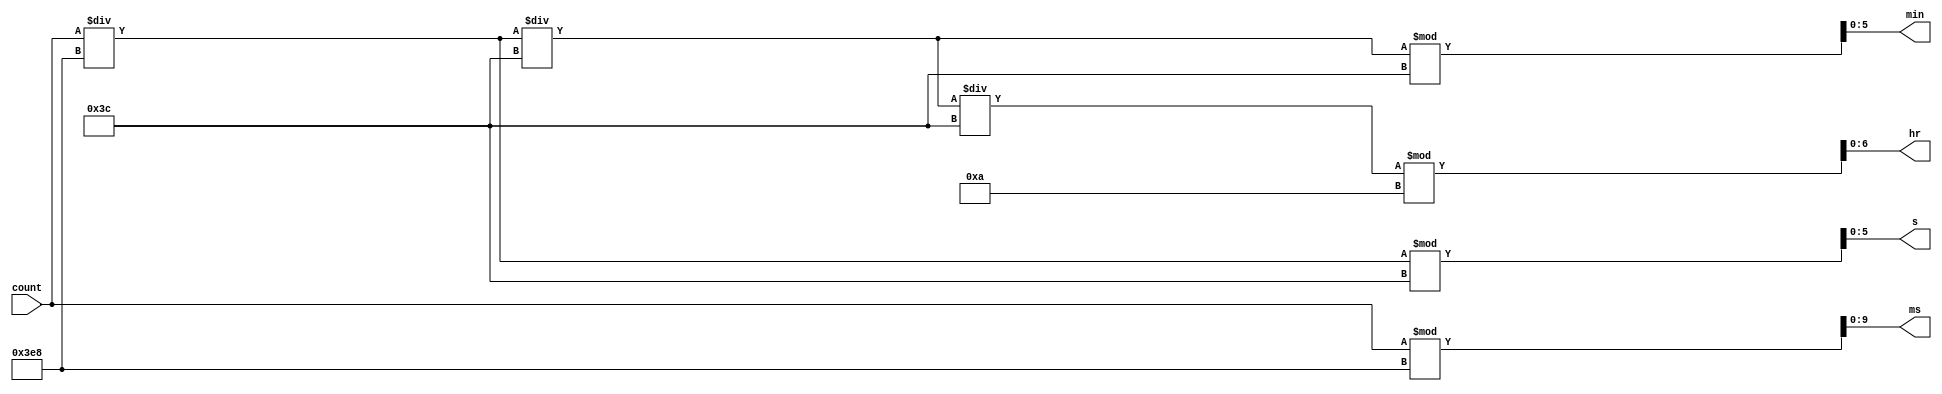
module count2watch(
    count,      // Number of pulses counted
    ms,         // Output in ms
    s,          // Output in s
    min,        // Output in min
    hr          // Output in hr
);

parameter BITS = 4;

// Defining I/O
input [BITS-1 : 0] count;

output [9:0] ms;
output [5:0] s;
output [5:0] min;
output [6:0] hr;

// Defining Data Types
wire [BITS-1 : 0] count;
wire nreset;

reg [9:0] ms;
reg [5:0] s;
reg [5:0] min;
reg [6:0] hr;

// Code

always @(*) begin
    ms <= count % 1000;
    s <= (count/1000) % 60;
    min <= (count/1000/60) % 60;
    hr <= (count/1000/60/60) % 10;
end

endmodule